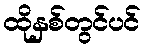
ထိုနှစ်တွင်ပင်